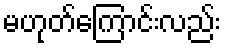
မဟုတ်ကြောင်းလည်း